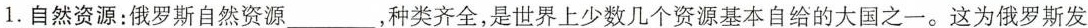
1.自然资源：俄罗斯自然资源___,种类齐全，是世界上少数几个资源基本来自给的大国之一。这为俄罗斯发